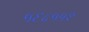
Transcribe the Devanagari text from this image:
५६८५५२